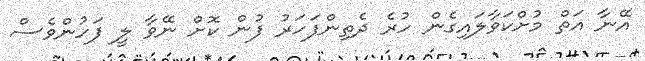
އޭނާ އަތް މުށްކަވާލައިގެން ހުރެ ދެތިންފަހަރު ފުން ކޮށް ނޭވާ ލީ ފަހުންވެސް